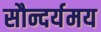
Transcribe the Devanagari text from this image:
सौन्दर्यमय